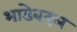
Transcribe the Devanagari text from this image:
भाडेबदल